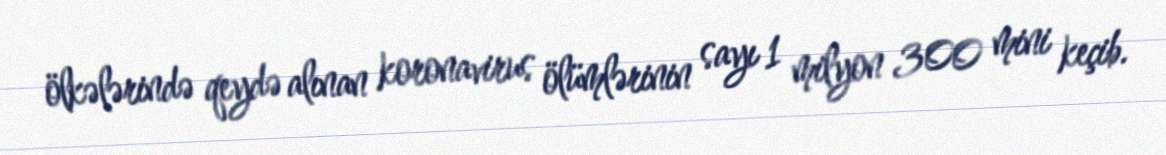
ölkələrində qeydə alınan koronavirus ölümlərinin sayı 1 milyon 300 mini keçib.